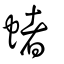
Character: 蝫